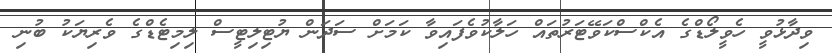
ވިދާޅުވީ ހެވީލޯޑްގެ އެކްސްކަވޭޓަރުތައް ހަލާކުވެފައިވާ ކަމަށް ސަދަން ޔުޓިލިޓީސް ލިމިޓެޑްގެ ވެރިޔަކު ބުނި